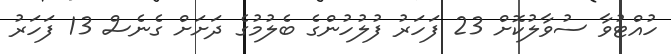
ހުއްޓުވާ ސުވާލުކޮށް 23 ފަހަރު ފުލުހުންގެ ބެލުމުގެ ދަށަށް ގެނެސް 13 ފަހަރު